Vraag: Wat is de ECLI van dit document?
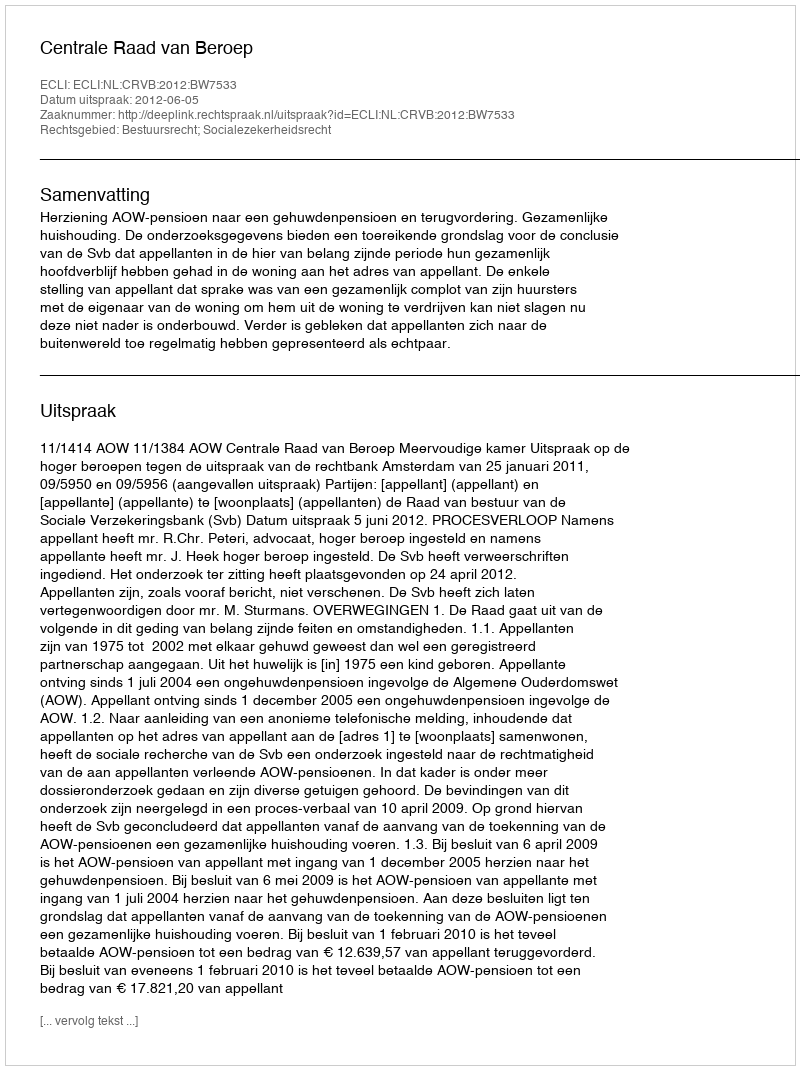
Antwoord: ECLI:NL:CRVB:2012:BW7533